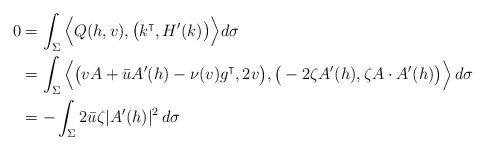
LaTeX: \begin{align*} 0 &= \int_\Sigma \Big \langle Q(h, v), \big( k^\intercal, H'(k) \big) \Big\rangle d\sigma\\ &= \int_\Sigma \Big \langle \big( vA + \bar u A'(h) - \nu (v) g^\intercal, 2v \big), \big( -2\zeta A'(h),\zeta A\cdot A'(h) \big) \Big\rangle\, d\sigma\\ &= -\int_\Sigma 2\bar u\zeta |A'(h)|^2 \, d\sigma\end{align*}